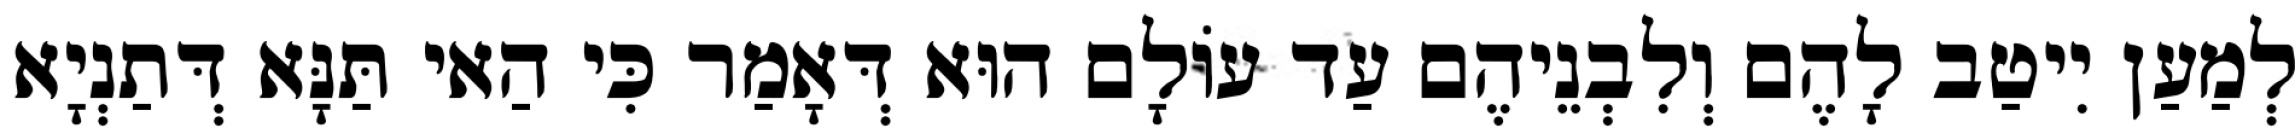
לְמַעַן יִיטַב לָהֶם וְלִבְנֵיהֶם עַד עוֹלָם הוּא דְּאָמַר כִּי הַאי תַּנָּא דְּתַנְיָא